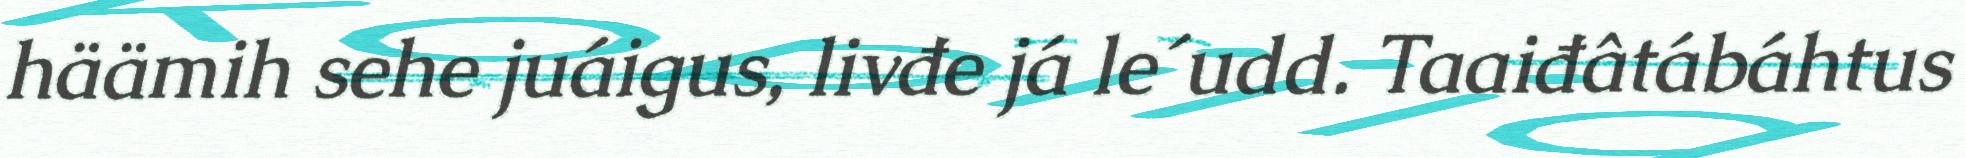
häämih sehe juáigus, livđe já le´udd. Taaiđâtábáhtus